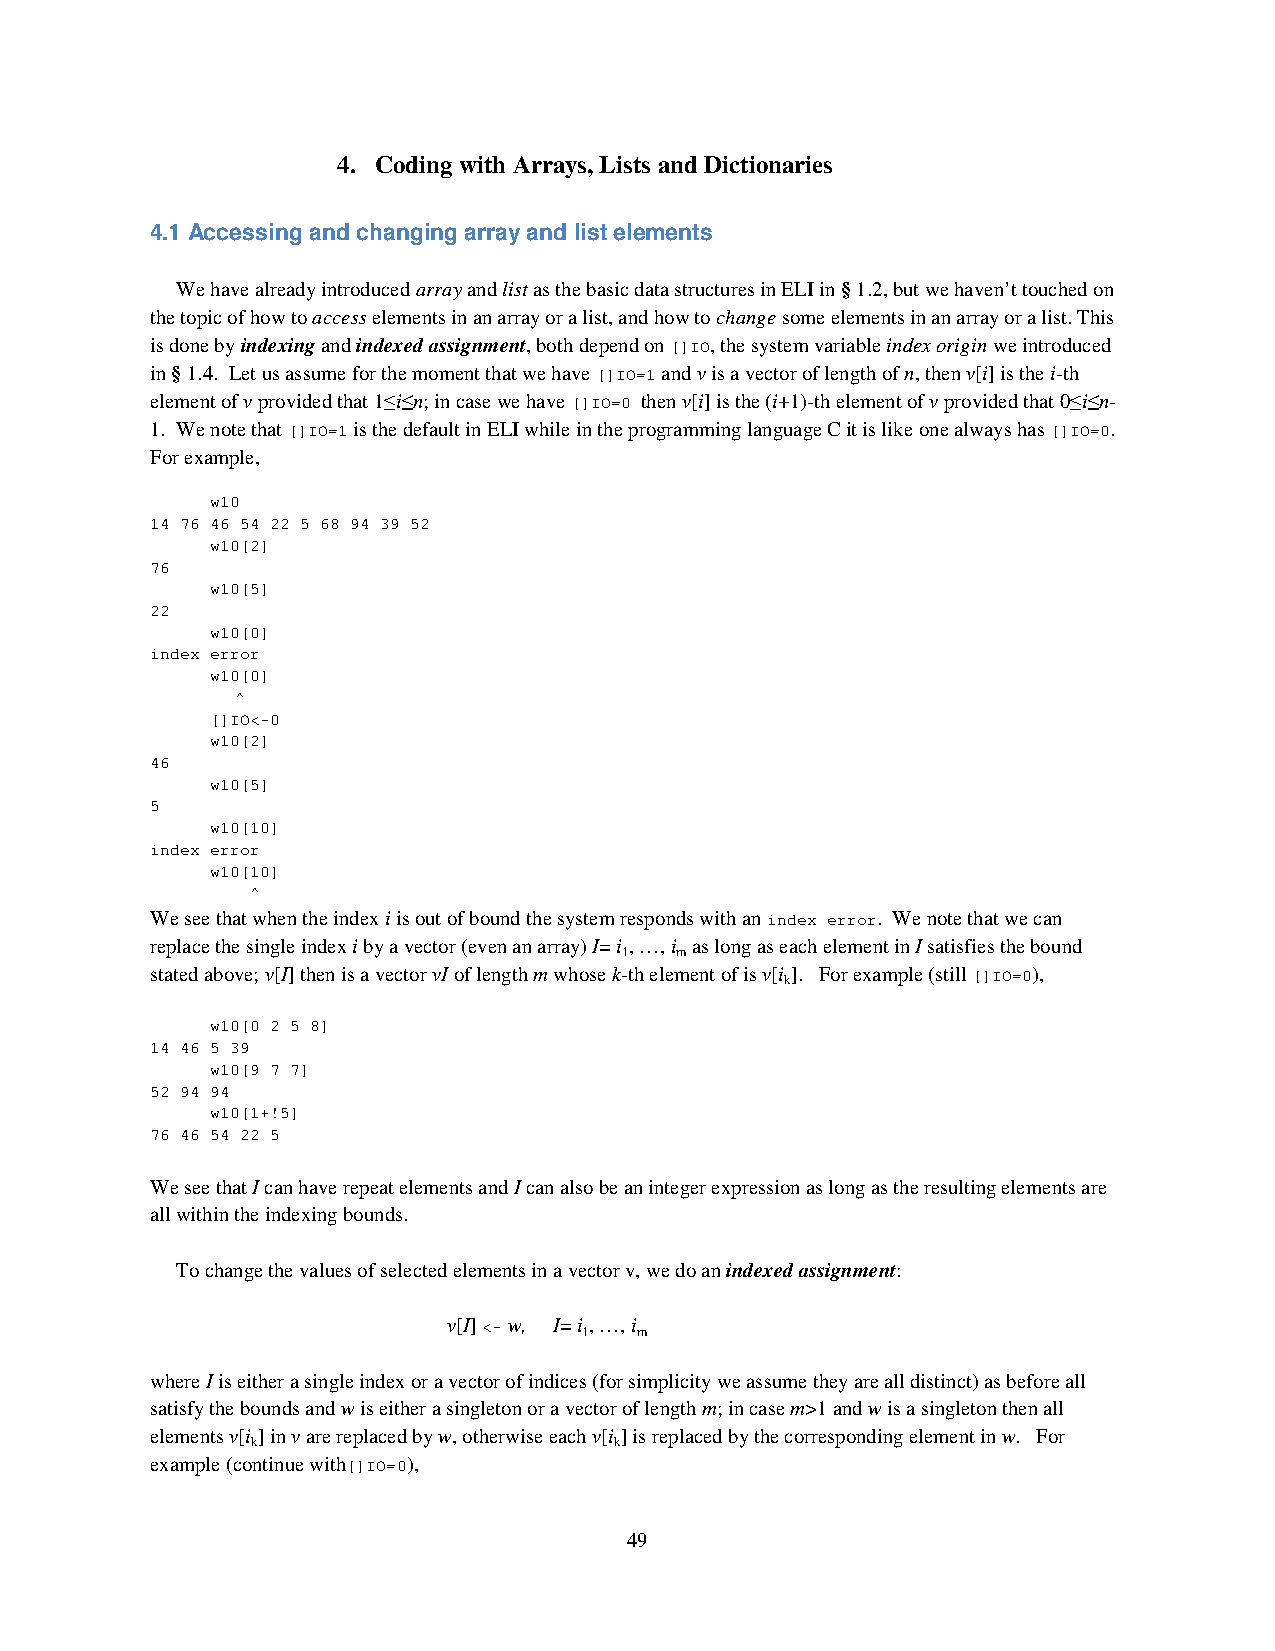
4. Coding with Arrays, Lists and Dictionaries
 4.1 Accessing and changing array and list elements
 We have already introduced array and list as the basic data structures in ELI in § 1.2, but we haven’t touched on
 the topic of how to access elements in an array or a list, and how to change some elements in an array or a list. This
 is done by indexing and indexed assignment, both depend on []IO, the system variable index origin we introduced
 in § 1.4. Let us assume for the moment that we have []IO=1 and v is a vector of length of n, then v[i] is the i-th
 element of v provided that 1≤i≤n; in case we have []IO=0 then v[i] is the (i+1)-th element of v provided that 0≤i≤n-
 1. We note that []IO=1 is the default in ELI while in the programming language C it is like one always has []IO=0.
 For example,
 w10
 14 76 46 54 22 5 68 94 39 52
 w10[2]
 76
 w10[5]
 22
 w10[0]
 index error
 w10[0]
 ^
 []IO<-0
 w10[2]
 46
 w10[5]
 5
 w10[10]
 index error
 w10[10]
 ^
 We see that when the index i is out of bound the system responds with an index error. We note that we can
 replace the single index i by a vector (even an array) I= i , …, i as long as each element in I satisfies the bound
 1   m
 stated above; v[I] then is a vector vI of length m whose k-th element of is v[i ]. For example (still []IO=0),
 k
 w10[0 2 5 8]
 14 46 5 39
 w10[9 7 7]
 52 94 94
 w10[1+!5]
 76 46 54 22 5
 We see that I can have repeat elements and I can also be an integer expression as long as the resulting elements are
 all within the indexing bounds.
 To change the values of selected elements in a vector v, we do an indexed assignment:
 v[I] <- w, I= i , …, i
 1  m
 where I is either a single index or a vector of indices (for simplicity we assume they are all distinct) as before all
 satisfy the bounds and w is either a singleton or a vector of length m; in case m>1 and w is a singleton then all
 elements v[i ] in v are replaced by w, otherwise each v[i ] is replaced by the corresponding element in w. For
 k                       k
 example (continue with[]IO=0),
 49